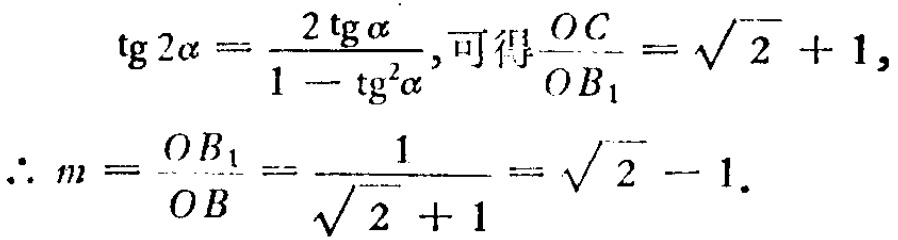
\[\begin{align*}
\mathrm{tg}2\alpha&=\frac{2\mathrm{tg}\alpha}{1 - \mathrm{tg}^{2}\alpha},\text{ 可得}\frac{OC}{OB_{1}}=\sqrt{2}+1,\\
\therefore m&=\frac{OB_{1}}{OB}=\frac{1}{\sqrt{2}+1}=\sqrt{2}-1.
\end{align*}\]